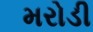
મરોડી